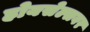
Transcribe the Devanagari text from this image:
होयसेल्सवर